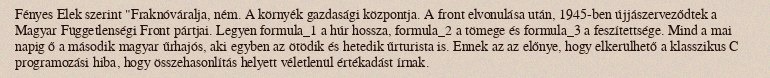
Fényes Elek szerint "Fraknóváralja, ném. A környék gazdasági központja. A front elvonulása után, 1945-ben újjászerveződtek a Magyar Függetlenségi Front pártjai. Legyen formula_1 a húr hossza, formula_2 a tömege és formula_3 a feszítettsége. Mind a mai napig ő a második magyar űrhajós, aki egyben az ötödik és hetedik űrturista is. Ennek az az előnye, hogy elkerülhető a klasszikus C programozási hiba, hogy összehasonlítás helyett véletlenül értékadást írnak.